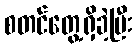
စတင်တွေ့ရှိခဲ့ပြီး